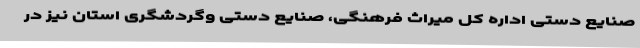
صنایع دستی اداره کل میراث فرهنگی، صنایع دستی وگردشگری استان نیز در